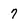
Character: 7